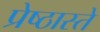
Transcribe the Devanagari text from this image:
प्रेष्ठास्ते